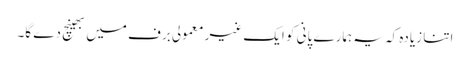
اتنا زیادہ کہ یہ ہمارے پانی کو ایک غیر معمولی برف میں بھینچ دے گا۔